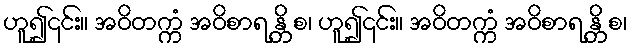
ဟူ၍၎င်း။ အဝိတက္ကံ အဝိစာရ န္တိ စ၊ ဟူ၍၎င်း။ အဝိတက္ကံ အဝိစာရ န္တိ စ၊